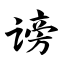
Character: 谤